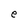
Character: e